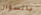
بالسؤال